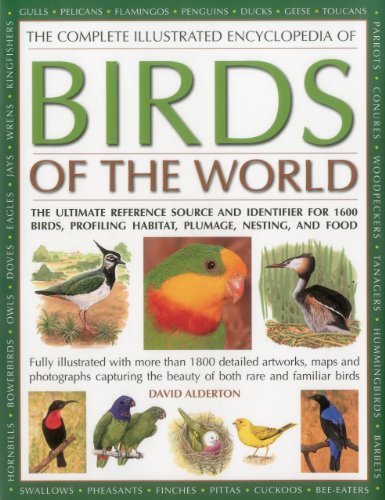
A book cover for The Complete Illustrated Encyclopedia of Birds of the World: The ultimate reference source and identifier for 1600 birds, profiling habitat, plumage, nesting and food; David Alderton; Reference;